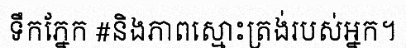
ទឹកភ្នែក #និងភាពស្មោះត្រង់របស់អ្នក។